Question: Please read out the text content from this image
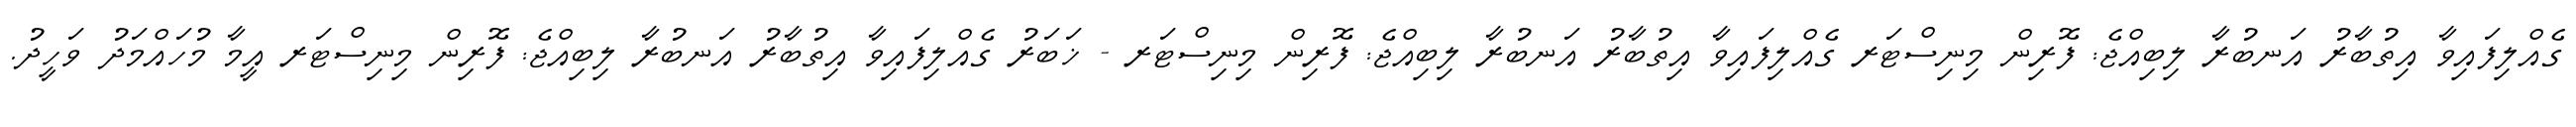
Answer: ގެއްލިފައިވާ އިތުބާރު އަނބުރާ ލިބިއްޖެ: ފޮރިން މިނިސްޓަރ ގެއްލިފައިވާ އިތުބާރު އަނބުރާ ލިބިއްޖެ: ފޮރިން މިނިސްޓަރ - ޚަބަރު ގެއްލިފައިވާ އިތުބާރު އަނބުރާ ލިބިއްޖެ: ފޮރިން މިނިސްޓަރ އީމާ މުހައްމަދު ވަހީދު.